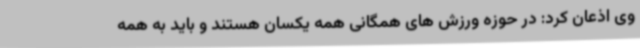
وی اذعان کرد: در حوزه ورزش های همگانی همه یکسان هستند و باید به همه